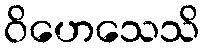
ဝိဟေသေသိ